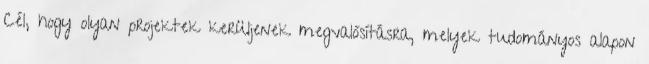
Cél, hogy olyan projektek kerüljenek megvalósításra, melyek tudományos alapon